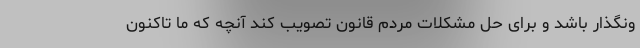
ونگذار باشد و برای حل مشکلات مردم قانون تصویب کند آنچه که ما تاکنون